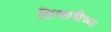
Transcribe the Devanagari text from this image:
लिच्छवीच्या